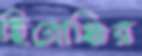
হিরোঞ্চির